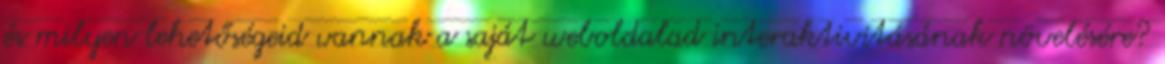
és milyen lehetőségeid vannak a saját weboldalad interaktivitásának növelésére?